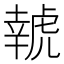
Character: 𱿔